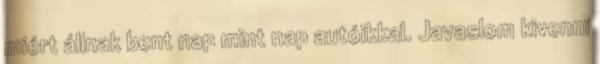
miért állnak bent nap mint nap autóikkal. Javaslom kivenni